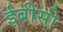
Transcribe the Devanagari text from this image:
ईबीसी